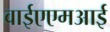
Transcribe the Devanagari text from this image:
वाईएएमआई